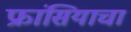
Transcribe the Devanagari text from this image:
फ्रांसियाचा